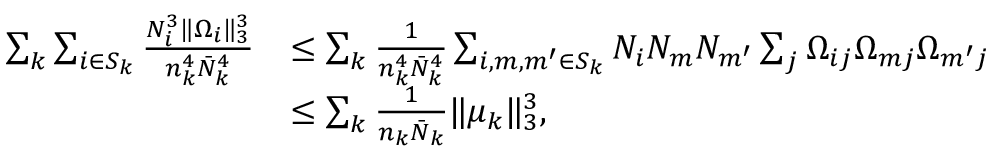
\begin{array} { r l } { \sum _ { k } \sum _ { i \in S _ { k } } \frac { N _ { i } ^ { 3 } \| \Omega _ { i } \| _ { 3 } ^ { 3 } } { n _ { k } ^ { 4 } \bar { N } _ { k } ^ { 4 } } } & { \leq \sum _ { k } \frac { 1 } { n _ { k } ^ { 4 } \bar { N } _ { k } ^ { 4 } } \sum _ { i , m , m ^ { \prime } \in S _ { k } } N _ { i } N _ { m } N _ { m ^ { \prime } } \sum _ { j } \Omega _ { i j } \Omega _ { m j } \Omega _ { m ^ { \prime } j } } \\ & { \leq \sum _ { k } \frac { 1 } { n _ { k } \bar { N } _ { k } } \| \mu _ { k } \| _ { 3 } ^ { 3 } , } \end{array}